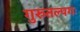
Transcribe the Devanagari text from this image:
गुरुतल्पगः